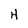
Character: H